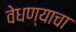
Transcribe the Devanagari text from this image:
वेधण्याचा